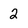
Character: 2